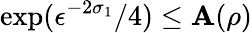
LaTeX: \exp(\epsilon^{-2\sigma_{1}}/4)\le\mathbf{A}(\rho)